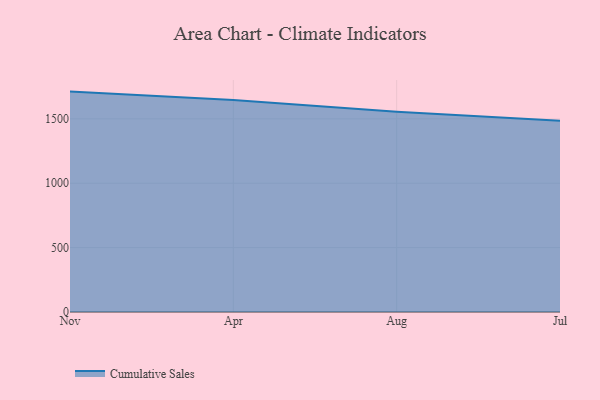
{"axis": {"x": "Month", "y": "Tickets Resolved"}, "legend": ["Cumulative Sales"], "data": [{"x": "Nov", "y": 1711.5, "type": "Cumulative Sales"}, {"x": "Apr", "y": 1646.4, "type": "Cumulative Sales"}, {"x": "Aug", "y": 1554.7, "type": "Cumulative Sales"}, {"x": "Jul", "y": 1486.0, "type": "Cumulative Sales"}]}